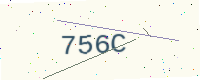
Text: 756C